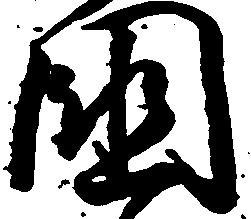
国